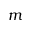
m